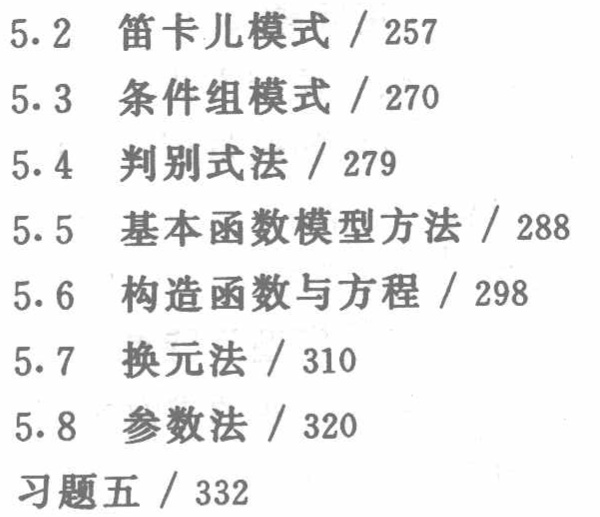
5.2 笛卡儿模式 / 257
5.3 条件组模式 / 270
5.4 判别式法 / 279
5.5 基本函数模型方法 / 288
5.6 构造函数与方程 / 298
5.7 换元法 / 310
5.8 参数法 / 320
习题五 / 332